Civil Veterinary Dept. North-West Frontier Province 1933-46 - 1933-1946
Year: 1933
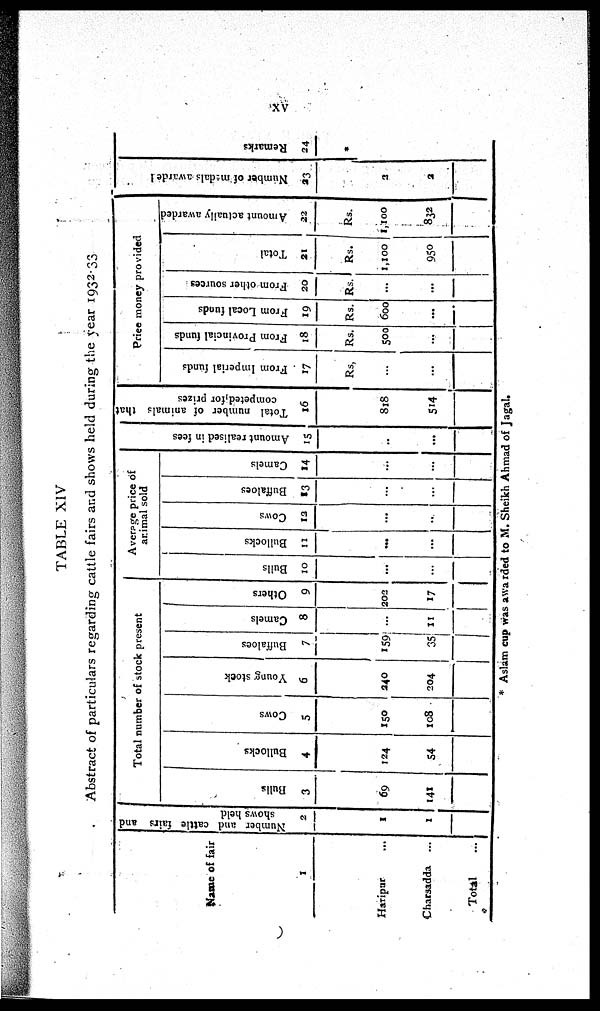
XV
TABLE XIV
Abstract of particulars regarding cattle fairs and shows held during the year 1932-33
* Aslam cup was
awarded to M. Sheikh Ahmad of Jagal.
Name of fair
1
Haripar ...
Charsadda ...
Total
Number and cattle fairs and
shows held
2
1
1
Total number of stock present
Bulls
3
69
141
Bullocks
4
124
54
Cows
5
150
108
Young stock
6
240
204
Buffaloes
7
159
35
Camels
8
...
11
Others
9
202
17
Average price of
animal sold
Bulls
10
...
...
Bullocks
11
...
...
Cows
13
...
...
Buffaloes
13
...
...
Camels
14
...
...
Amount realised in fees
15
..
...
Total number of animals that
competed for prizes
16
818
514
Price money provided
From Imperial funds
17
Rs.
...
...
From Provincial funds
18
Rs.
500
...
From Local funds
19
Rs.
600
...
From other sources
20
Rs.
...
...
Total
21
Rs.
1,100
950
Amount actually awarded
22
Rs.
1,100
832
Number of medals awarded
23
3
2
Remarks
24
*